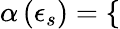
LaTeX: \alpha\left(\epsilon_{s}\right)=\left\{ \begin{array}{rlrl}\end{array}\right.